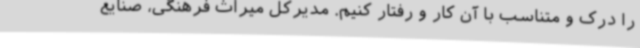
را درک و متناسب با آن کار و رفتار کنیم. مدیرکل میراث فرهنگی، صنایع